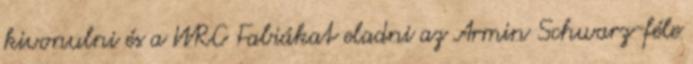
kivonulni és a WRC Fabiákat eladni az Armin Schwarz-féle